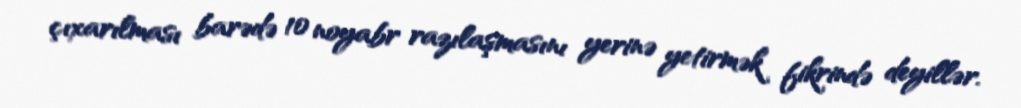
çıxarılması barədə 10 noyabr razılaşmasını yerinə yetirmək fikrində deyillər.